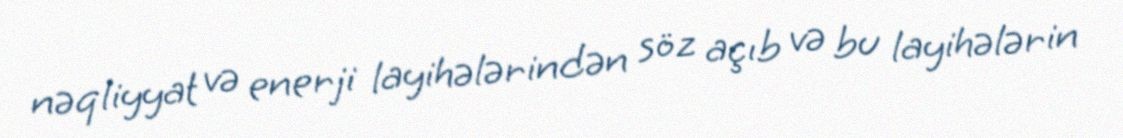
nəqliyyat və enerji layihələrindən söz açıb və bu layihələrin